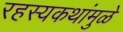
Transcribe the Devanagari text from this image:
रहस्यकथांमुळे